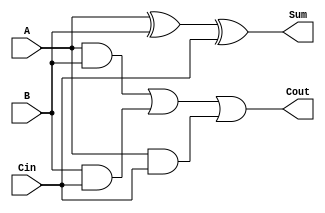
module full_adder_1bit (
  input A,
  input B,
  input Cin,
  output Sum,
  output Cout);

  assign Sum = A ^ B ^ Cin;   // Sum bit
  assign Cout = (A & B) | (B & Cin) | (A & Cin);   // Carry bit

endmodule

module full_adder_4bit (
  input [3:0] A,
  input [3:0] B,
  input Cin,
  output [3:0] Sum,
  output Cout);

  wire [3:0] sum_bits;
  wire c4;

  // Instantiate four 1-bit full adders
  full_adder_1bit fa0 (.A(A[0]), .B(B[0]), .Cin(Cin), .Sum(sum_bits[0]), .Cout(c4));
  full_adder_1bit fa1 (.A(A[1]), .B(B[1]), .Cin(c4), .Sum(sum_bits[1]), .Cout(c4));
  full_adder_1bit fa2 (.A(A[2]), .B(B[2]), .Cin(c4), .Sum(sum_bits[2]), .Cout(c4));
  full_adder_1bit fa3 (.A(A[3]), .B(B[3]), .Cin(c4), .Sum(sum_bits[3]), .Cout(Cout));

  assign Sum = sum_bits;

endmodule